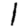
Digit: 1